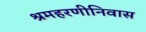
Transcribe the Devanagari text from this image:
श्रमहरणीनिवास